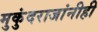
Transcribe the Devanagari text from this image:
मुकुंदराजांनीही